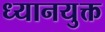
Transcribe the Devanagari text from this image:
ध्‍यानयुक्त